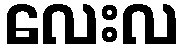
လေးလ